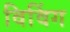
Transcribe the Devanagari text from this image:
विविंग